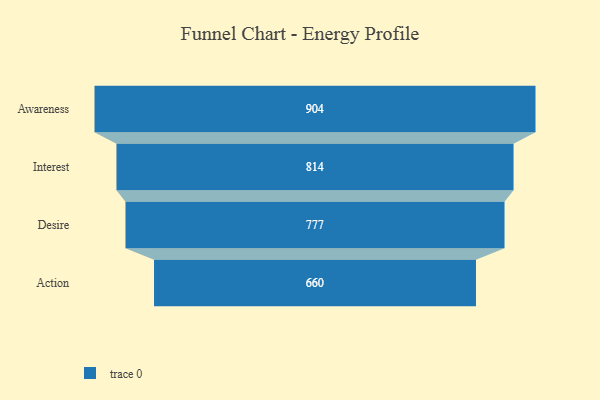
{"axis": {"x": "Stage", "y": "Value"}, "legend": [""], "data": [{"x": "Awareness", "y": 904.0, "type": ""}, {"x": "Interest", "y": 814.0, "type": ""}, {"x": "Desire", "y": 777.0, "type": ""}, {"x": "Action", "y": 660.0, "type": ""}]}